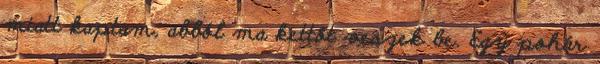
miatt kaptam, abból ma kettőt veszek be. Egy pohár